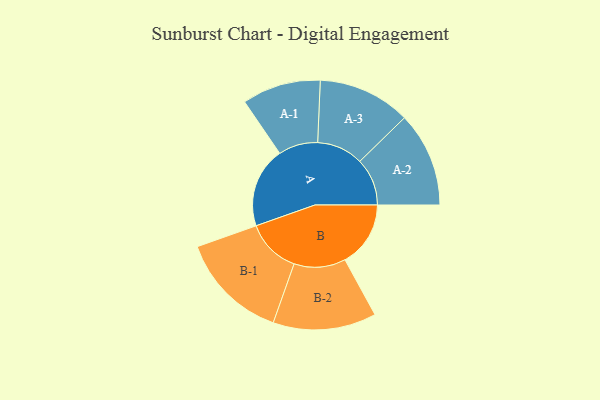
{"axis": {"x": "Segment", "y": "Value"}, "legend": ["", "A", "B"], "data": [{"x": "A", "y": 380, "type": ""}, {"x": "B", "y": 310, "type": ""}, {"x": "A-1", "y": 186, "type": "A"}, {"x": "A-2", "y": 224, "type": "A"}, {"x": "A-3", "y": 219, "type": "A"}, {"x": "B-1", "y": 258, "type": "B"}, {"x": "B-2", "y": 244, "type": "B"}]}